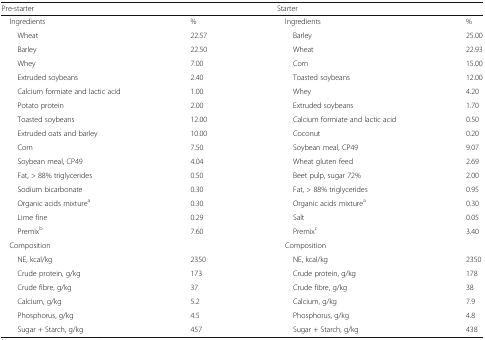
<table><thead><tr><td colspan="2"><b>Pre-starter</b></td><td><b>Starter</b></td><td></td></tr></thead><tbody><tr><td> Ingredients</td><td>%</td><td> Ingredients</td><td>%</td></tr><tr><td>Wheat</td><td>22.57</td><td>Barley</td><td>25.00</td></tr><tr><td>Barley</td><td>22.50</td><td>Wheat</td><td>22.93</td></tr><tr><td>Whey</td><td>7.00</td><td>Corn</td><td>15.00</td></tr><tr><td>Extruded soybeans</td><td>2.40</td><td>Toasted soybeans</td><td>12.00</td></tr><tr><td>Calcium formiate and lactic acid</td><td>1.00</td><td>Whey</td><td>4.20</td></tr><tr><td>Potato protein</td><td>2.00</td><td>Extruded soybeans</td><td>1.70</td></tr><tr><td>Toasted soybeans</td><td>12.00</td><td>Calcium formiate and lactic acid</td><td>0.50</td></tr><tr><td>Extruded oats and barley</td><td>10.00</td><td>Coconut</td><td>0.20</td></tr><tr><td>Corn</td><td>7.50</td><td>Soybean meal, CP49</td><td>9.07</td></tr><tr><td>Soybean meal, CP49</td><td>4.04</td><td>Wheat gluten feed</td><td>2.69</td></tr><tr><td>Fat, &gt; 88% triglycerides</td><td>0.50</td><td>Beet pulp, sugar 72%</td><td>2.00</td></tr><tr><td>Sodium bicarbonate</td><td>0.30</td><td>Fat, &gt; 88% triglycerides</td><td>0.95</td></tr><tr><td>Organic acids mixture<sup>a</sup></td><td>0.30</td><td>Organic acids mixture<sup>a</sup></td><td>0.30</td></tr><tr><td>Lime fine</td><td>0.29</td><td>Salt</td><td>0.05</td></tr><tr><td>Premix<sup>b</sup></td><td>7.60</td><td>Premix<sup>c</sup></td><td>3.40</td></tr><tr><td colspan="2"> Composition</td><td colspan="2"> Composition</td></tr><tr><td>NE, kcal/kg</td><td>2350</td><td>NE, kcal/kg</td><td>2350</td></tr><tr><td>Crude protein, g/kg</td><td>173</td><td>Crude protein, g/kg</td><td>178</td></tr><tr><td>Crude fibre, g/kg</td><td>37</td><td>Crude fibre, g/kg</td><td>38</td></tr><tr><td>Calcium, g/kg</td><td>5.2</td><td>Calcium, g/kg</td><td>7.9</td></tr><tr><td>Phosphorus, g/kg</td><td>4.5</td><td>Phosphorus, g/kg</td><td>4.8</td></tr><tr><td>Sugar + Starch, g/kg</td><td>457</td><td>Sugar + Starch, g/kg</td><td>438</td></tr></tbody></table>